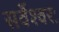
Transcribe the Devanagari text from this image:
सर्वेश्वरः